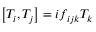
\left[ T _ { i } , T _ { j } \right] = i f _ { i j k } T _ { k }